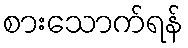
စားသောက်ရန်